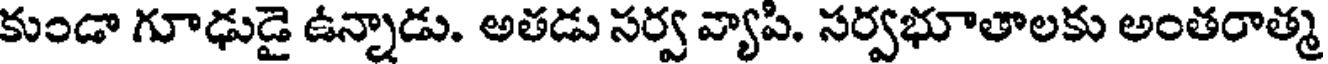
కుండా గూఢుడై ఉన్నాడు. అతడు సర్వ వ్యాపి. సర్వభూతాలకు అంతరాత్మ